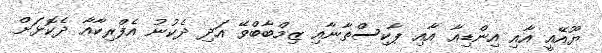
ޔޫއޭއީ އާއި އިންޑިއާ އާއި ޕާކިސްތާނާއި ޒިމްބާބްވޭ އަދި ދެކުނު އެފްރިކާއާ ދެކޮޅަށް